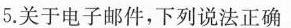
5.关于电子邮件，下列说法正确